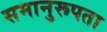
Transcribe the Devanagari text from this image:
समानुरूपता